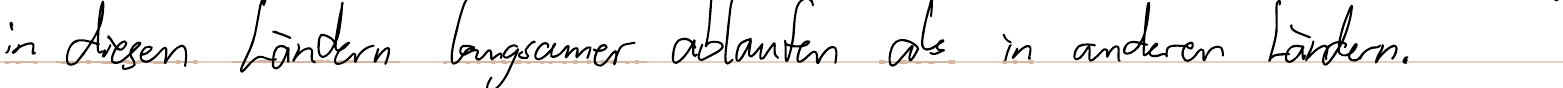
in diesen Ländern langsamer ablaufen als in anderen Ländern.